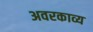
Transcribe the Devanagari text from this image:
अवरकाव्य